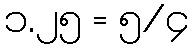
၁.၂၅ = ၅/၄